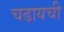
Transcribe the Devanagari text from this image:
चढायची